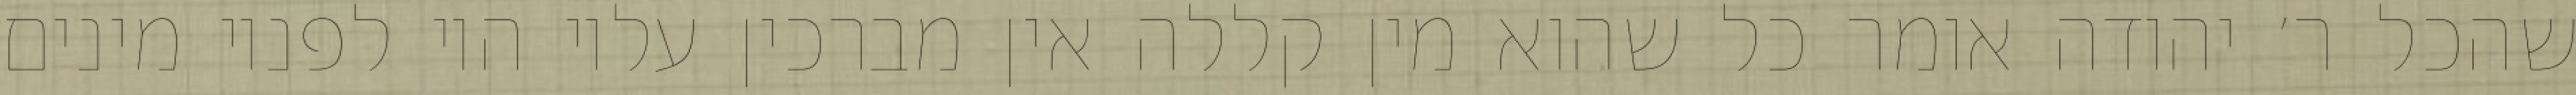
שהכל ר׳ יהודה אומר כל שהוא מין קללה אין מברכין עליו היו לפניו מינים